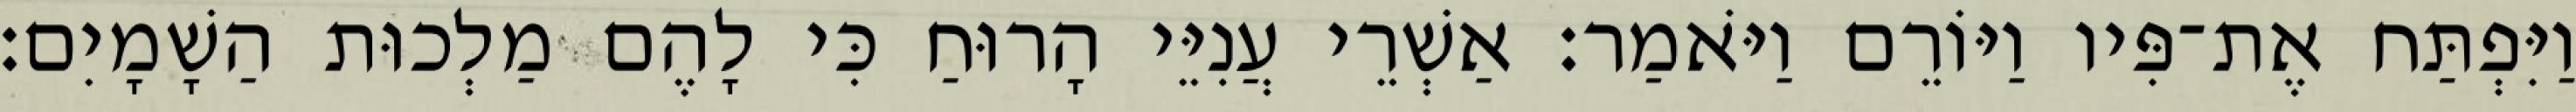
וַיִּפְתַּח אֶת־פִּיו וַיּוֹרֵם וַיֹּאמַר׃ אַשְׁרֵי עֲנִיֵּי הָרוּחַ כִּי לָהֶם מַלְכוּת הַשָׁמָיִם׃